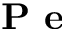
\textbf { P e }